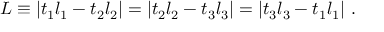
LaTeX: L \equiv | t _ { 1 } l _ { 1 } - t _ { 2 } l _ { 2 } | = | t _ { 2 } l _ { 2 } - t _ { 3 } l _ { 3 } | = | t _ { 3 } l _ { 3 } - t _ { 1 } l _ { 1 } | ~ .